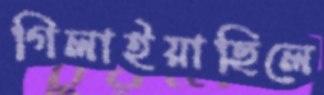
গিলাইয়াছিলে